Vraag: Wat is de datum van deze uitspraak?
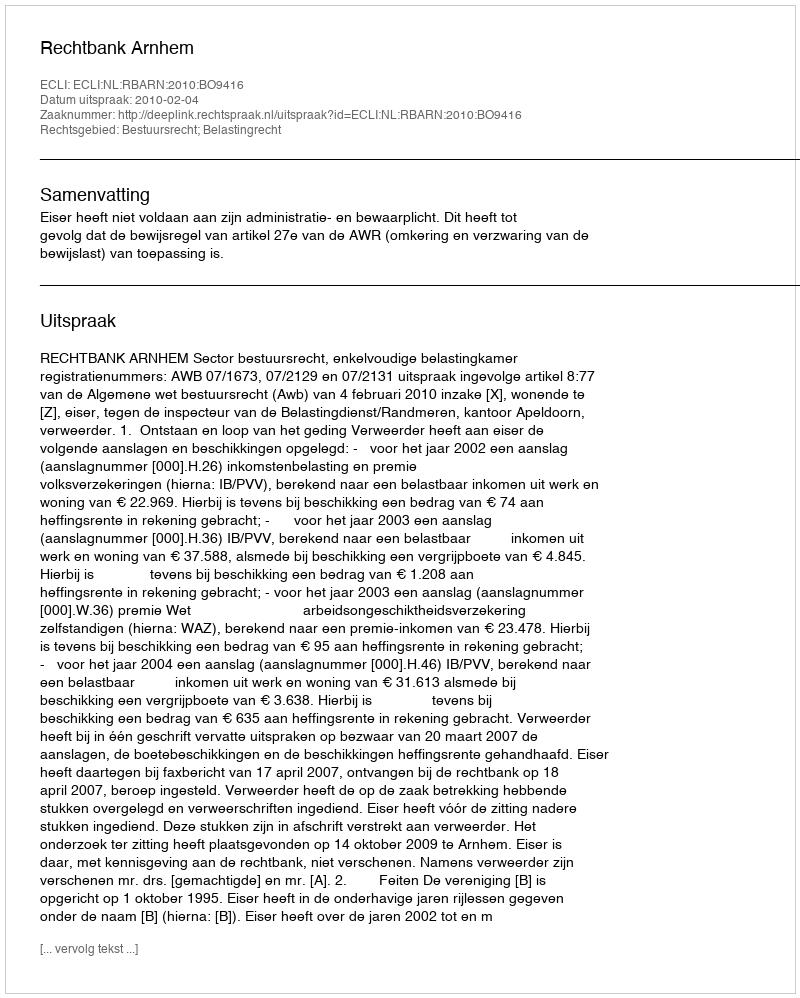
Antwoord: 2010-02-04